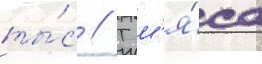
ты́с // Т м'я́са